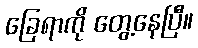
ခြေရာကို တွေ့နေပြီ။